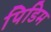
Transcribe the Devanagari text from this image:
पिडिम